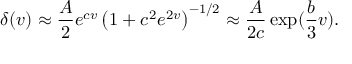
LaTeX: \delta ( v ) \approx \frac { A } { 2 } e ^ { c v } \left( 1 + c ^ { 2 } e ^ { 2 v } \right) ^ { - 1 / 2 } \approx \frac { A } { 2 c } \exp ( \frac { b } { 3 } v ) .